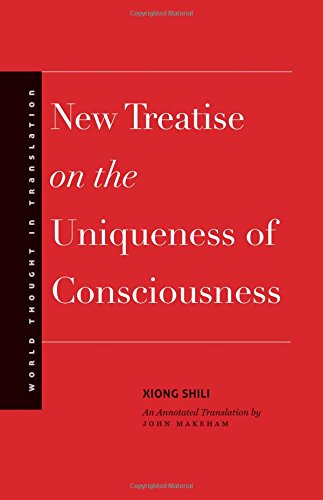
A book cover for New Treatise on the Uniqueness of Consciousness (World Thought in Translation); Shili Xiong; Religion & Spirituality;